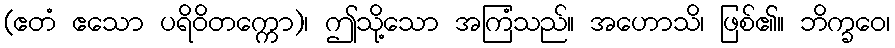
(ဧတံ ဧသော ပရိဝိတက္ကော)၊ ဤသို့သော အကြံသည်။ အဟောသိ၊ ဖြစ်၏။ ဘိက္ခဝေ၊